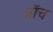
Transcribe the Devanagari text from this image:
जाॅच